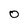
Character: O